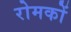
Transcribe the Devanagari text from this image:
रोमकों